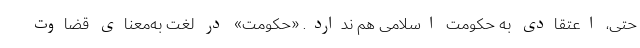
حتی، اعتقادی به حکومت اسلامی هم ندارد. «حکومت» در لغت به‌معنای قضاوت